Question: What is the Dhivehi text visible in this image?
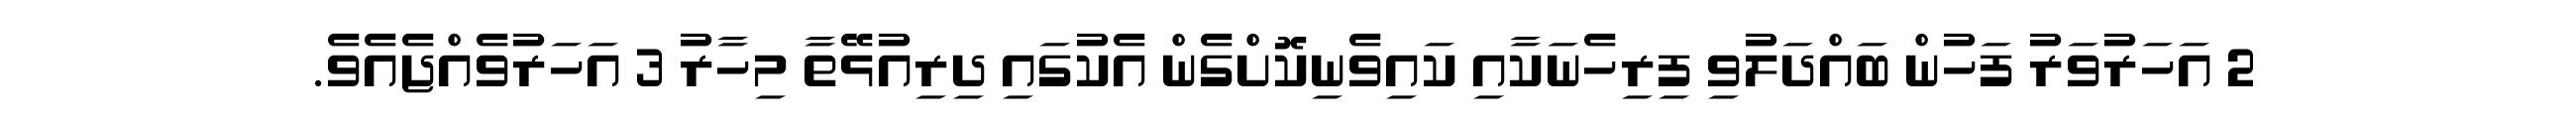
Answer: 2 އަހަރުވަރު ފަހުން ބައްދަލުވި ފިރިހެނަކާއި ކައިވެނިކޮށްގެން އެކުގައި ދިރިއުޅޭތާ މިހާރު 3 އަހަރުވެއްޖެއެވެ.